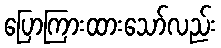
ပြောကြားထားသော်လည်း